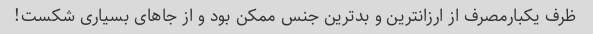
ظرف یکبارمصرف از ارزانترین و بدترین جنس ممکن بود و از جاهای بسیاری شکست!